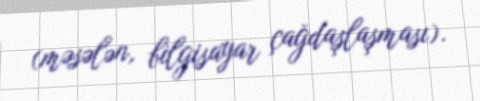
(məsələn, bilgisayar çağdaşlaşması).